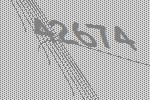
42674